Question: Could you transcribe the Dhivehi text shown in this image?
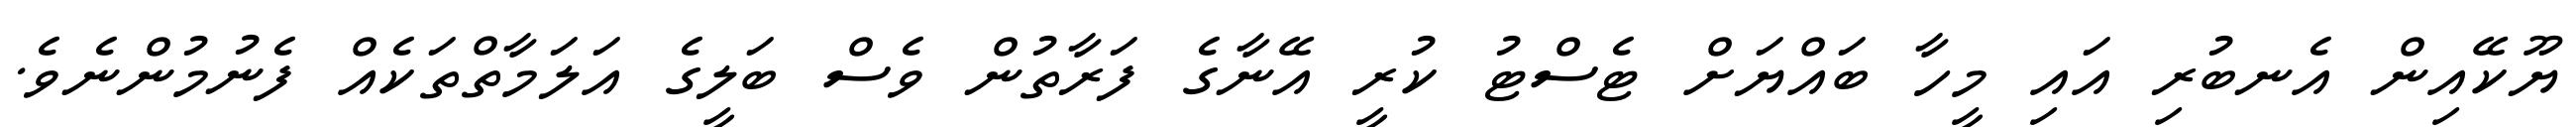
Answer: ޔޫކޭއިން އެނބުރި އައި މީހާ ބައްޔަށް ޓެސްޓު ކުރީ އޭނާގެ ފަރާތުން ވެސް ބަލީގެ އަލަމާތްތަކެއް ފެނުމުންނެވެ.